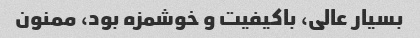
بسیار عالی، باکیفیت و خوشمزه بود، ممنون